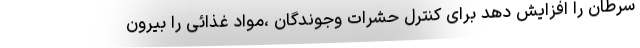
سرطان را افزایش دهد برای کنترل حشرات وجوندگان ،مواد غذائی را بیرون